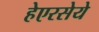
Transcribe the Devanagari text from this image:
हेएरसेये